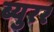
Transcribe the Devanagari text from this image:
ब्युरर